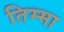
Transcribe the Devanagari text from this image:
तिम्मा